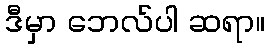
ဒီမှာ ဘေလ်ပါ ဆရာ။